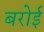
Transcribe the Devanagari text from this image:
बरोई